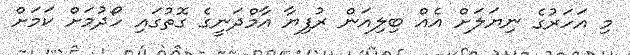
މި އަހަރުގެ ނިޔަލަށް އެއް ބިލިއަން ރުފިޔާ އާމްދަނީގެ ގޮތުގައި ހޯދުމަށް ކަމަށް